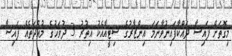
މިގޮތަށް ފައިސާ ދައްކާފައިނުވާނަމަ އިންޒާރުގެ ސިޓީއާއެކު އިތުރު 3 ދުވަހުގެ މުއްދަތެއް ފައިސާ